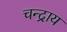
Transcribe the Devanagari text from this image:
चन्द्राय